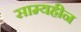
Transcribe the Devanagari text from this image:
साम्यहीन